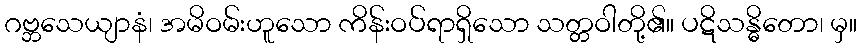
ဂဗ္ဘသေယျာနံ၊ အမိဝမ်းဟူသော ကိန်းဝပ်ရာရှိသော သတ္တဝါတို့၏။ ပဋိသန္ဓိတော၊ မှ။